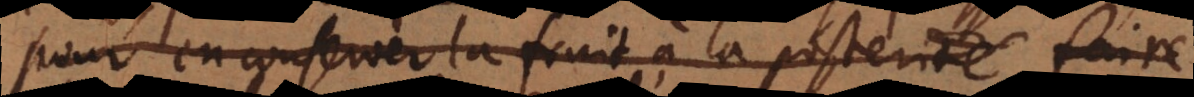
pour en conserver la fruit à la poster